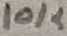
Text: 10K